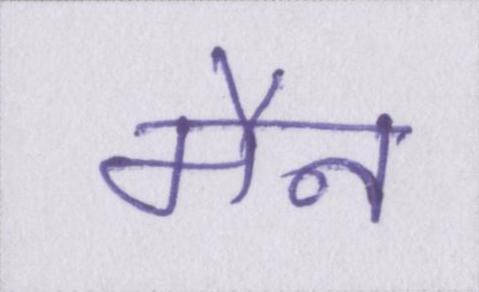
मैन